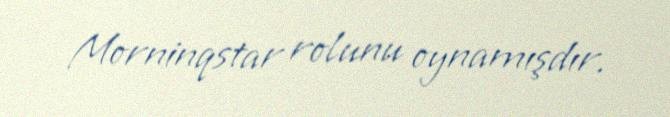
Morninqstar rolunu oynamışdır.